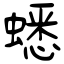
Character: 蟋